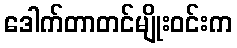
ဒေါက်တာတင်မျိုးဝင်းက